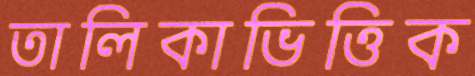
তালিকাভিত্তিক